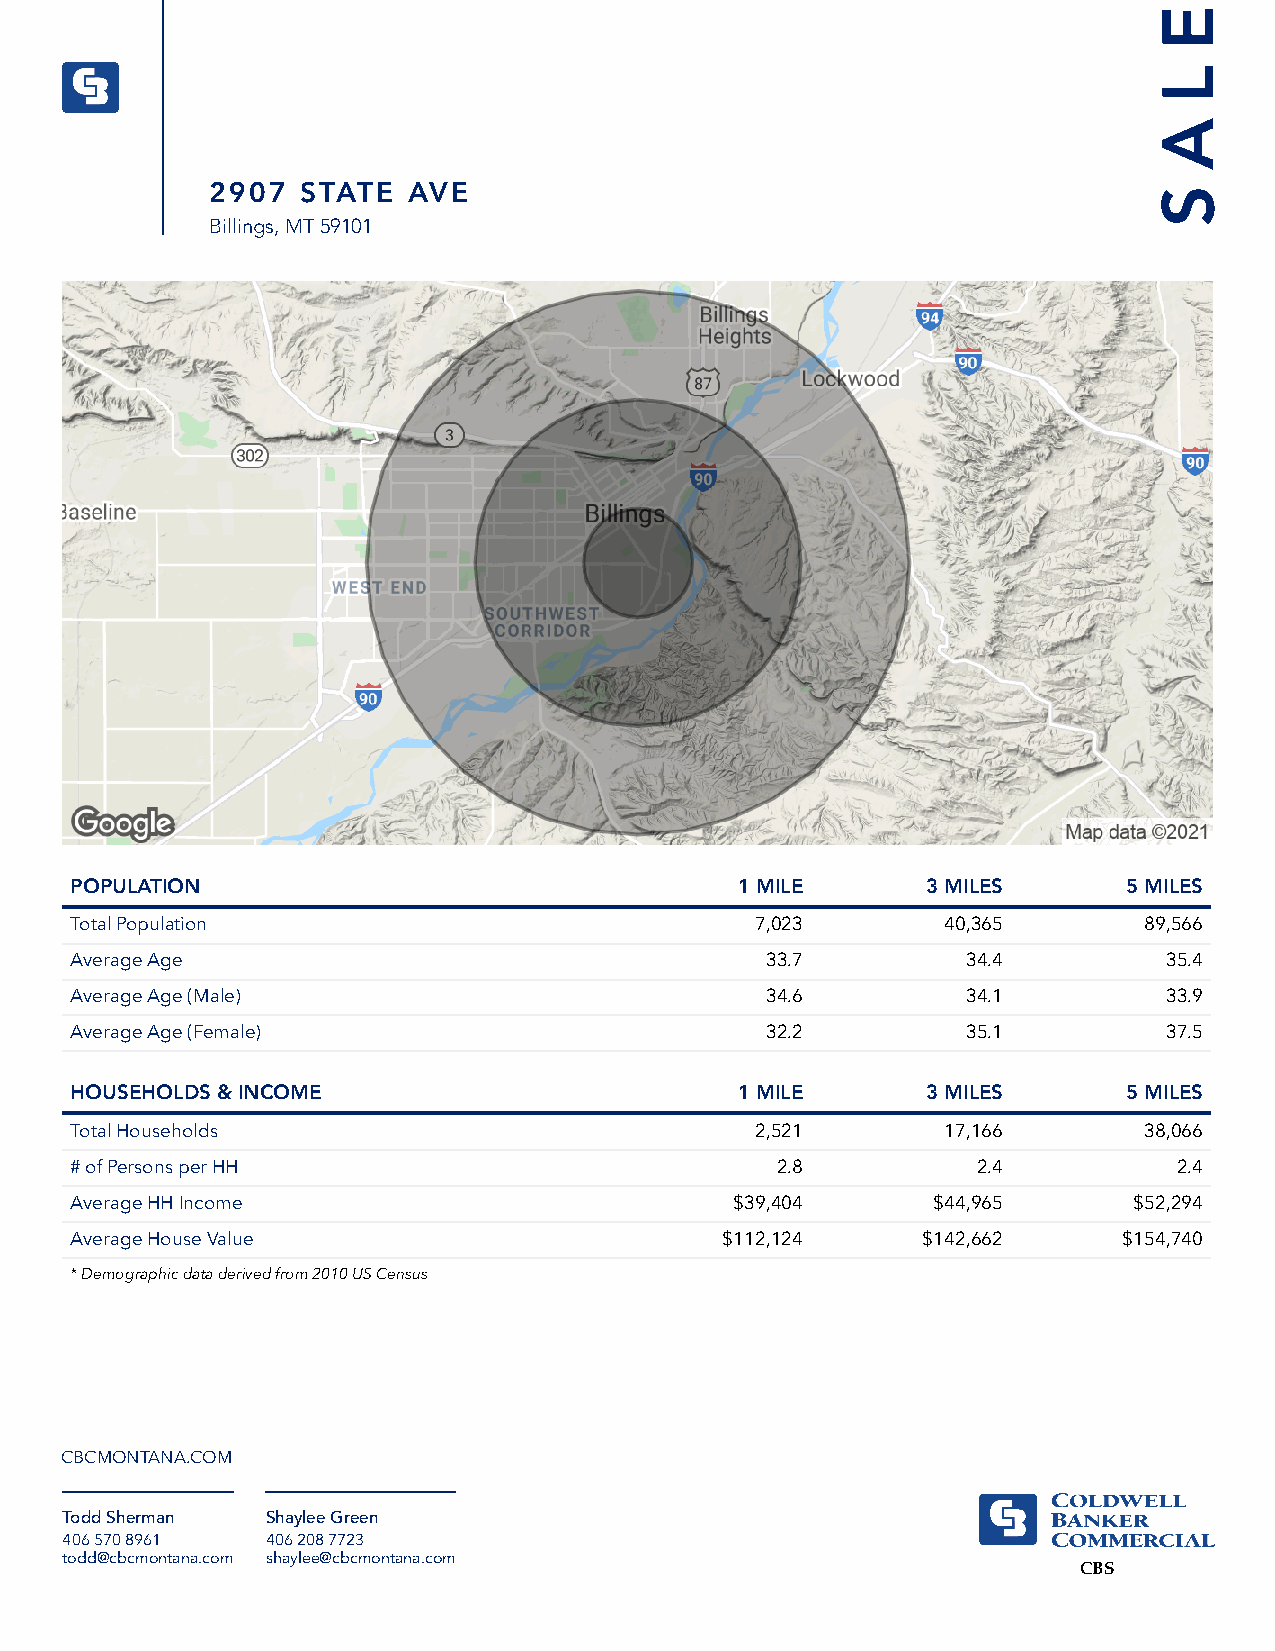
E
 L
 A
 2907  STATE  AVE                                               S
 Billings, MT 59101
 POPULATION                                  1 MILE      3 MILES       5 MILES
 Total Population                             7,023       40,365        89,566
 Average Age                                   33.7         34.4         35.4
 Average Age (Male)                            34.6         34.1         33.9
 Average Age (Female)                          32.2         35.1         37.5
 HOUSEHOLDS & INCOME                         1 MILE      3 MILES       5 MILES
 Total Households                             2,521       17,166        38,066
 # of Persons per HH                           2.8           2.4          2.4
 Average HH Income                           $39,404      $44,965      $52,294
 Average House Value                        $112,124     $142,662     $154,740
 * Demographic data derived from 2010 US Census
 CBCMONTANA.COM
 Todd Sherman  Shaylee Green
 406 570 8961  406 208 7723
 todd@cbcmontana.com shaylee@cbcmontana.com
 CBS